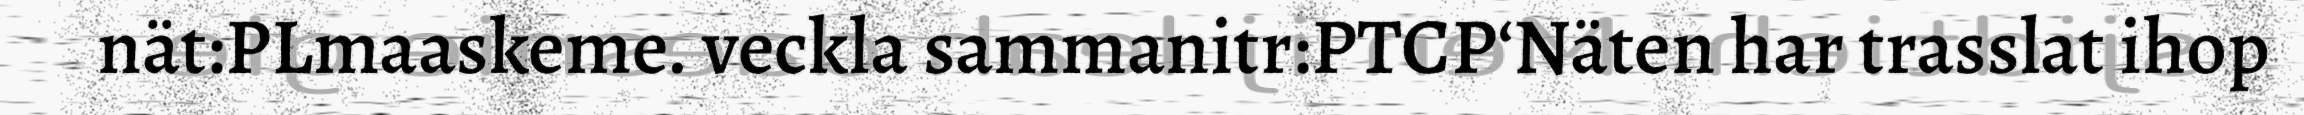
nät:PLmaaskeme. veckla sammanitr:PTCP‘Näten har trasslat ihop